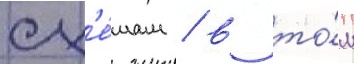
сх'е́мам / в то́м